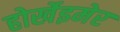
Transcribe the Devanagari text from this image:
होर्खेइमेर